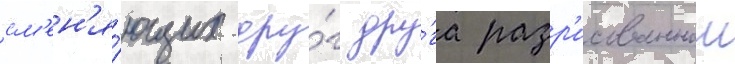
см'ен'я́ющих дру́г дру́га разр'исованнои